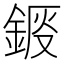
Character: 𨧴